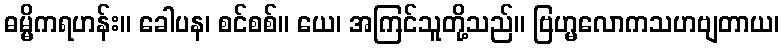
ဓမ္မိကရဟန်း။ ခေါပန၊ စင်စစ်။ ယေ၊ အကြင်သူတို့သည်။ ဗြဟ္မလောကသဟဗျတာယ၊